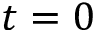
t = 0